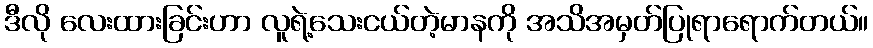
ဒီလို လေးထားခြင်းဟာ လူရဲ့သေးငယ်တဲ့မာနကို အသိအမှတ်ပြုရာရောက်တယ်။